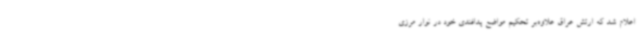
اعلام شد که ارتش عراق علاوه‌بر تحکیم مواضع پدافندی خود در نوار مرزی